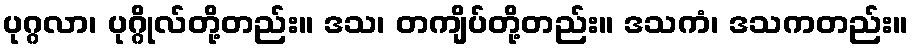
ပုဂ္ဂလာ၊ ပုဂ္ဂိုလ်တို့တည်း။ ဒသ၊ တကျိပ်တို့တည်း။ ဒသကံ၊ ဒသကတည်း။